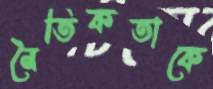
নৈতিকতাকে